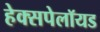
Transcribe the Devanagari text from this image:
हेक्सपेलॉयड